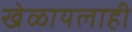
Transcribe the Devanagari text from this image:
खेळायलाही